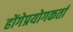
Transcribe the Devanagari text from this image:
होंगेप्रयोगकर्ता